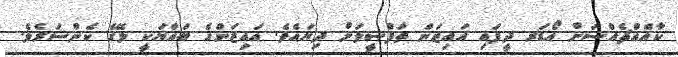
ކާއެއްޗެއްސަށް އޯޑަރ ދީފައި އައިޒަން ތަފްޞީލަށް ދިޔައެވެ. އައިޒަންގެ ބައްޔަކީ ލޭގެ ކެންސަރެވެ.